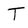
Character: T